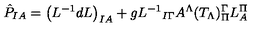
\hat { P } _ { I A } = { \left( L ^ { - 1 } d L \right) } _ { I A } + g { L ^ { - 1 } } _ { I \Gamma } A ^ { \Lambda } ( T _ { \Lambda } ) _ { \Pi } ^ { \Gamma } L _ { A } ^ { \Pi }